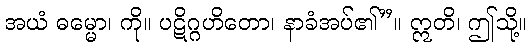
အယံ ဓမ္မော၊ ကို။ ပဋိဂ္ဂဟိတော၊ နာခံအပ်၏”။ ဣတိ၊ ဤသို့။